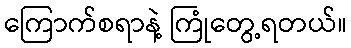
ကြောက်စရာနဲ့ ကြုံတွေ့ရတယ်။